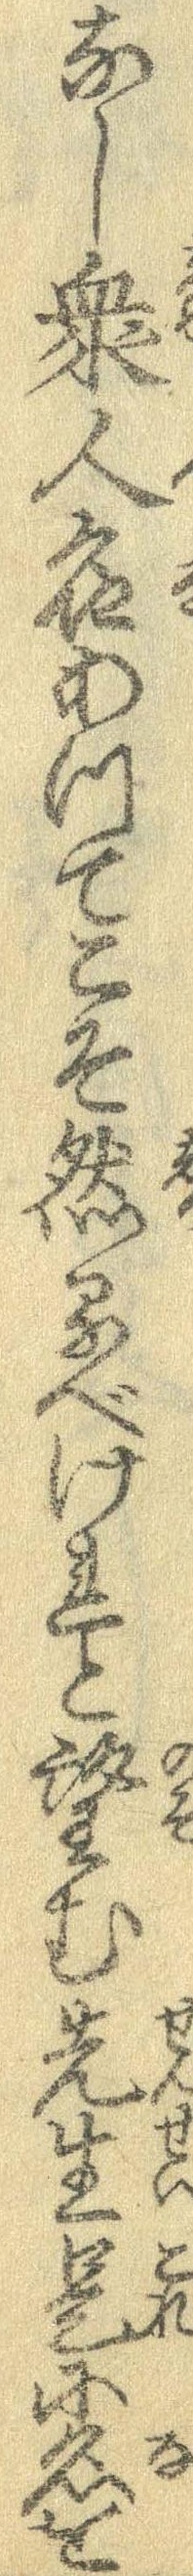
なし衆人名あってこそ然るべけれと望む先生是に名を